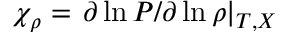
\chi _ { \rho } = \left. \partial \ln P / \partial \ln \rho \right| _ { T , X }